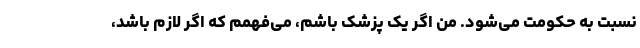
نسبت به حکومت می‌شود. من اگر یک پزشک باشم، می‌فهمم که اگر لازم باشد،